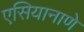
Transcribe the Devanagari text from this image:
एसियानाणे